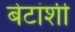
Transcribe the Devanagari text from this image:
बेटांशी